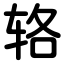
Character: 辂